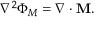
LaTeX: \nabla ^ { 2 } \Phi _ { M } = \nabla \cdot \mathbf { M } .